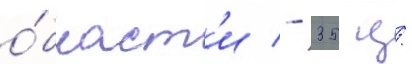
о́бласт'и - 35 ц/